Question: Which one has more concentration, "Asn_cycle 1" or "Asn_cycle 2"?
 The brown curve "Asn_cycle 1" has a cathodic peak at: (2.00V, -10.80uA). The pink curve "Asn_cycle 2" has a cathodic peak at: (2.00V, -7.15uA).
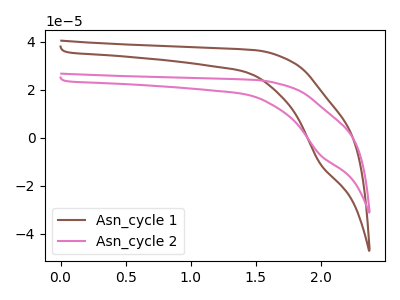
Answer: <think>All the peaks in "Asn_cycle 1" have a peak in "Asn_cycle 2" at the same potential. Every peak in "Asn_cycle 1" is higher than every peak in "Asn_cycle 2".
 </think>
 <answer>"Asn_cycle 1" has more signal than "Asn_cycle 2" and so likely has a higher concentration.</answer>
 <eval>more_concentration</eval>